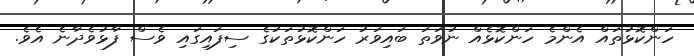
ހަންކޮޅުތައް އެންމެ ހަންކޮޅެއް ނުވަތަ ބައިވަރު ހަންކޮޅުތަކުގެ ސިފައިގައި ވެސް ފާޅުވެދާނެ އެވެ.